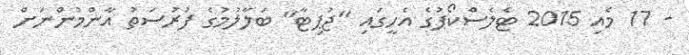
- 17 މެއި 2015 ޓެލެސްކޯޕުގެ އެހީގައި "ޖުޕިޓާ" ބަލާލުމުގެ ފުރުސަތު އާންމުންނަށް